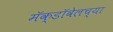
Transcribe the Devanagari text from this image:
मॅक्डॉवेलच्या